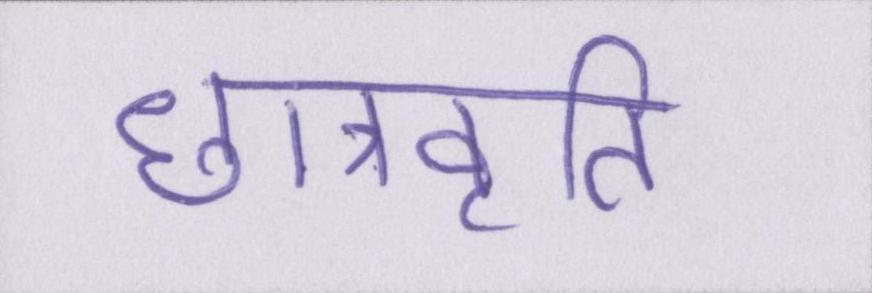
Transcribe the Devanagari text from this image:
छात्रवृति